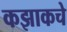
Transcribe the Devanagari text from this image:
कझाकचे